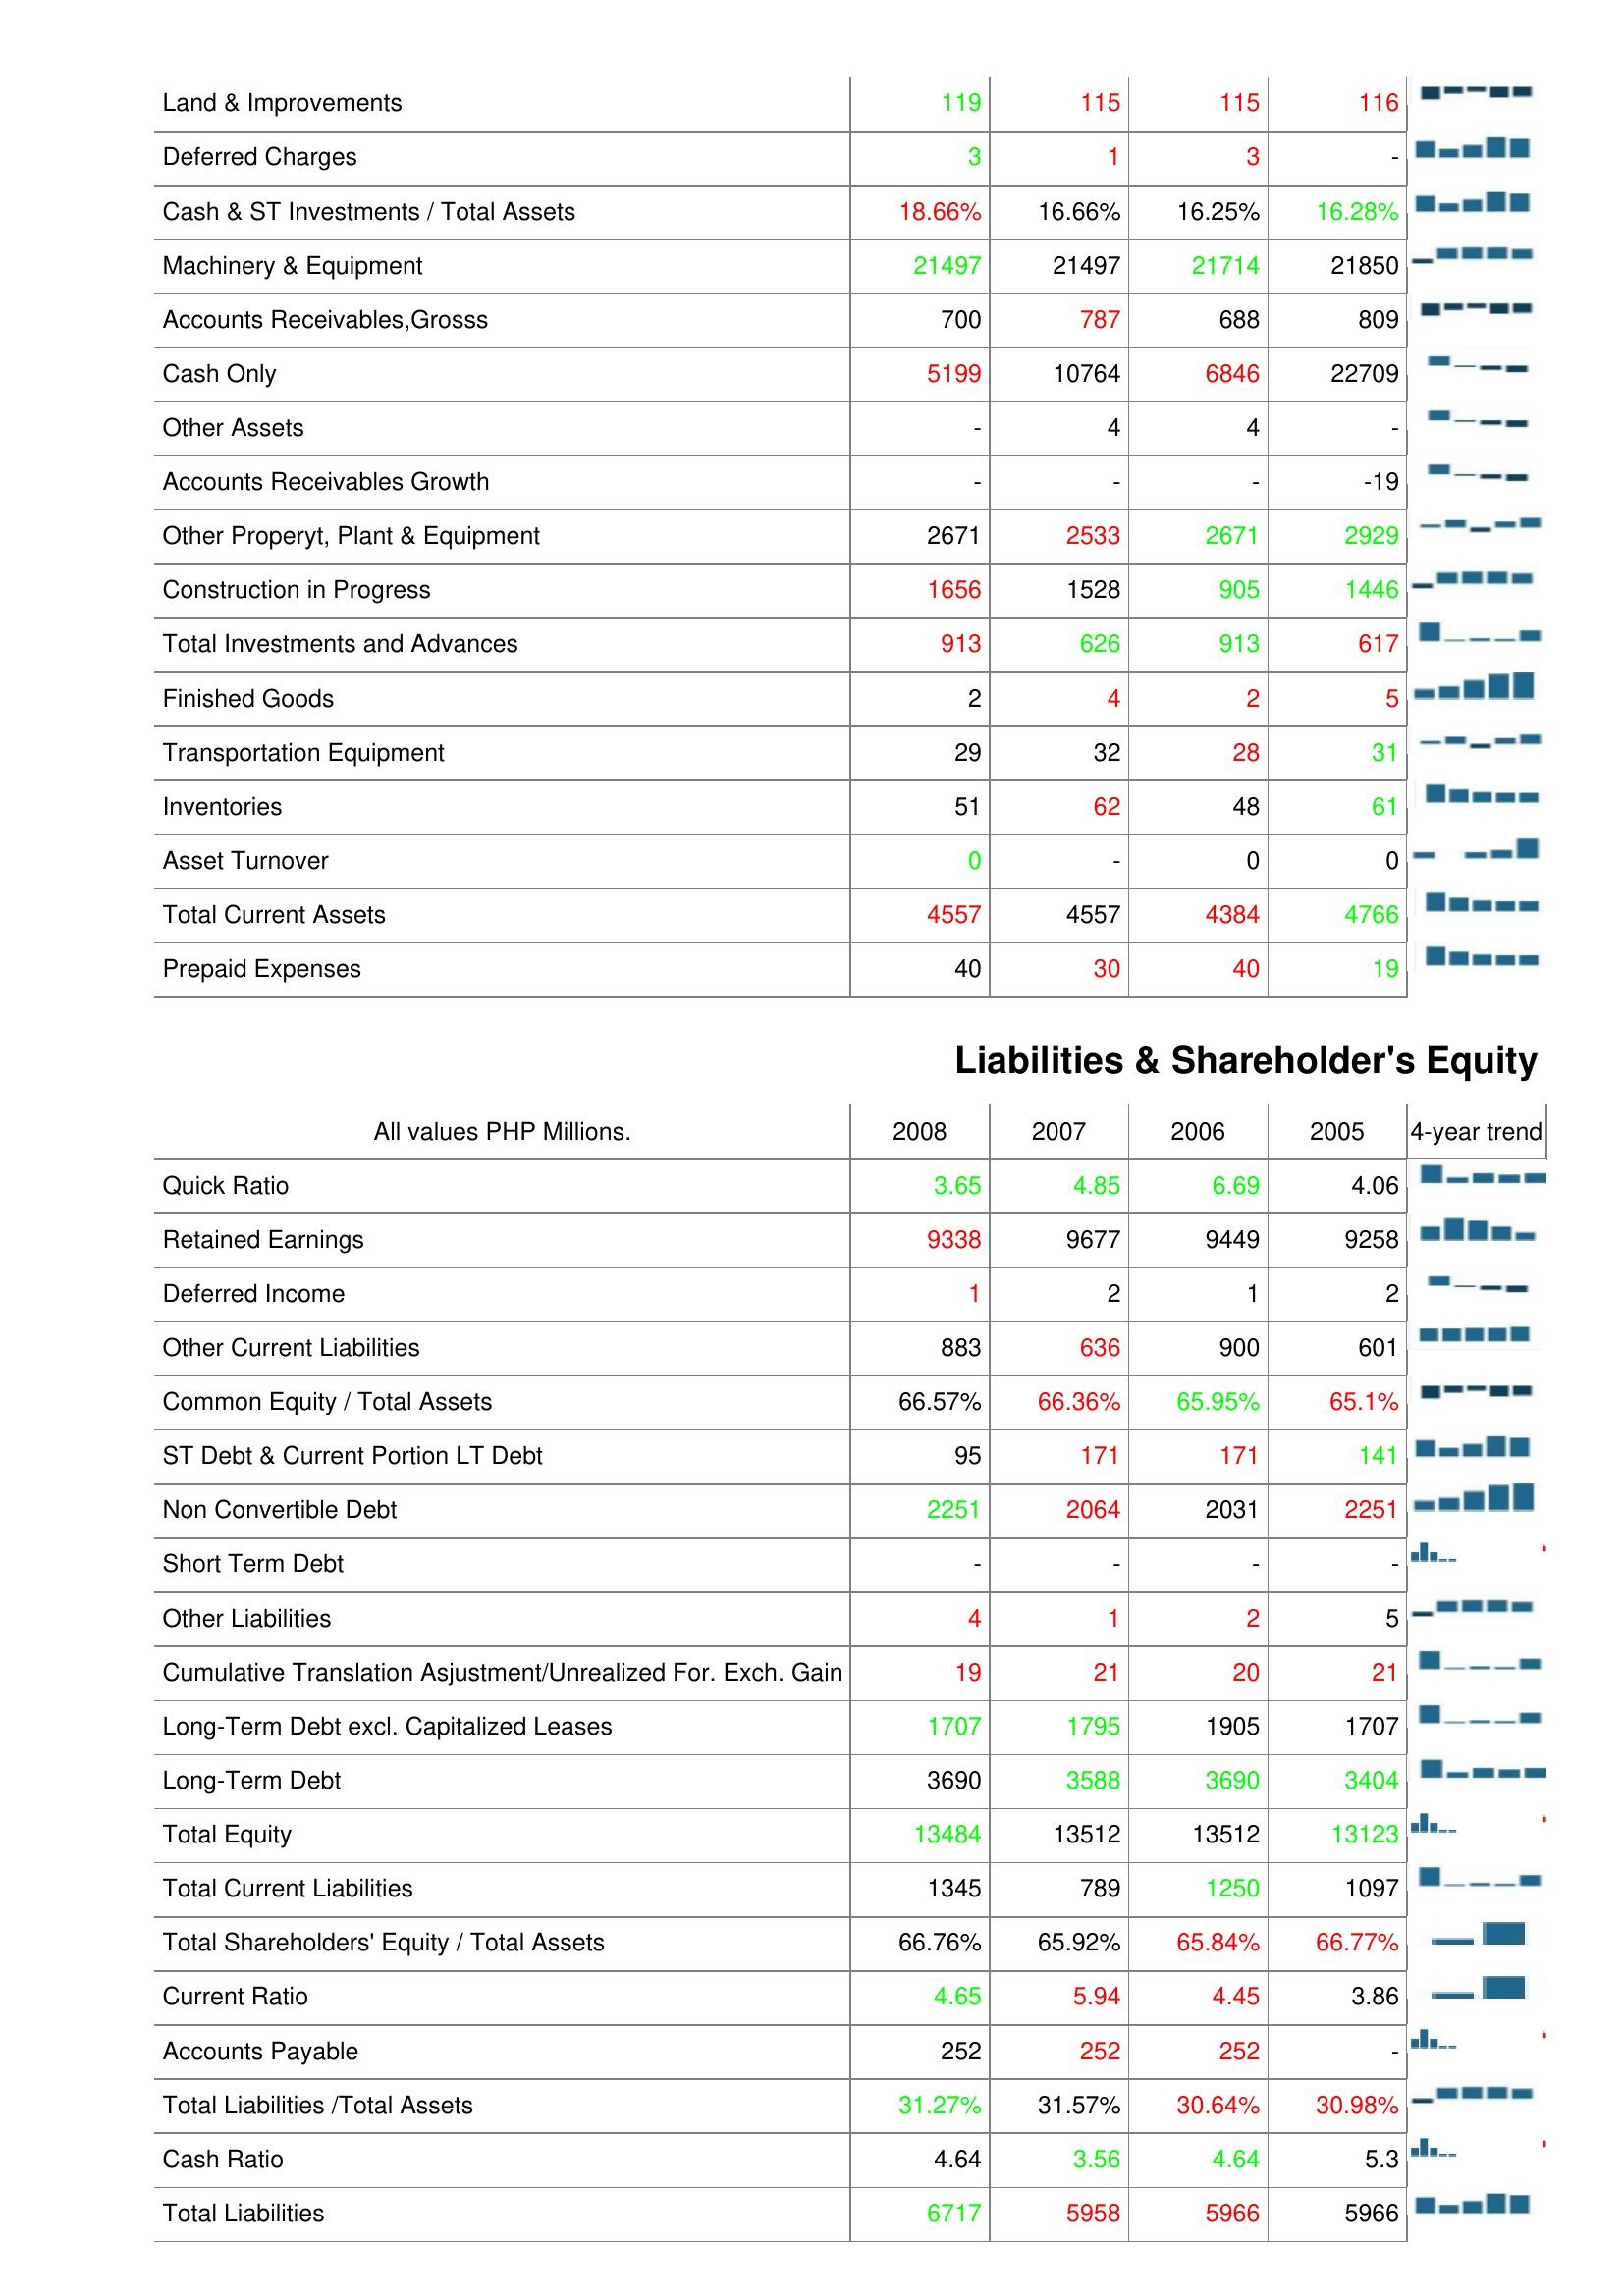
2008: Assets: Land & Improvements: 119
Deferred Charges: 3
Cash & ST Investments / Total Assets: 18.66%
Machinery & Equipment: 21497
Accounts Receivables,Grosss: 700
Cash Only: 5199
Other Assets: -
Accounts Receivables Growth: -
Other Properyt, Plant & Equipment: 2671
Construction in Progress: 1656
Total Investments and Advances: 913
Finished Goods: 2
Transportation Equipment: 29
Inventories: 51
Asset Turnover: 0
Total Current Assets: 4557
Prepaid Expenses: 40
Liabilities & Shareholder's Equity: Quick Ratio: 3.65
Retained Earnings: 9338
Deferred Income: 1
Other Current Liabilities: 883
Common Equity / Total Assets: 66.57%
ST Debt & Current Portion LT Debt: 95
Non Convertible Debt: 2251
Short Term Debt: -
Other Liabilities: 4
Cumulative Translation Asjustment/Unrealized For. Exch. Gain: 19
Long-Term Debt excl. Capitalized Leases: 1707
Long-Term Debt: 3690
Total Equity: 13484
Total Current Liabilities: 1345
Total Shareholders' Equity / Total Assets: 66.76%
Current Ratio: 4.65
Accounts Payable: 252
Total Liabilities /Total Assets: 31.27%
Cash Ratio: 4.64
Total Liabilities: 6717
2007: Assets: Land & Improvements: 115
Deferred Charges: 1
Cash & ST Investments / Total Assets: 16.66%
Machinery & Equipment: 21497
Accounts Receivables,Grosss: 787
Cash Only: 10764
Other Assets: 4
Accounts Receivables Growth: -
Other Properyt, Plant & Equipment: 2533
Construction in Progress: 1528
Total Investments and Advances: 626
Finished Goods: 4
Transportation Equipment: 32
Inventories: 62
Asset Turnover: -
Total Current Assets: 4557
Prepaid Expenses: 30
Liabilities & Shareholder's Equity: Quick Ratio: 4.85
Retained Earnings: 9677
Deferred Income: 2
Other Current Liabilities: 636
Common Equity / Total Assets: 66.36%
ST Debt & Current Portion LT Debt: 171
Non Convertible Debt: 2064
Short Term Debt: -
Other Liabilities: 1
Cumulative Translation Asjustment/Unrealized For. Exch. Gain: 21
Long-Term Debt excl. Capitalized Leases: 1795
Long-Term Debt: 3588
Total Equity: 13512
Total Current Liabilities: 789
Total Shareholders' Equity / Total Assets: 65.92%
Current Ratio: 5.94
Accounts Payable: 252
Total Liabilities /Total Assets: 31.57%
Cash Ratio: 3.56
Total Liabilities: 5958
2006: Assets: Land & Improvements: 115
Deferred Charges: 3
Cash & ST Investments / Total Assets: 16.25%
Machinery & Equipment: 21714
Accounts Receivables,Grosss: 688
Cash Only: 6846
Other Assets: 4
Accounts Receivables Growth: -
Other Properyt, Plant & Equipment: 2671
Construction in Progress: 905
Total Investments and Advances: 913
Finished Goods: 2
Transportation Equipment: 28
Inventories: 48
Asset Turnover: 0
Total Current Assets: 4384
Prepaid Expenses: 40
Liabilities & Shareholder's Equity: Quick Ratio: 6.69
Retained Earnings: 9449
Deferred Income: 1
Other Current Liabilities: 900
Common Equity / Total Assets: 65.95%
ST Debt & Current Portion LT Debt: 171
Non Convertible Debt: 2031
Short Term Debt: -
Other Liabilities: 2
Cumulative Translation Asjustment/Unrealized For. Exch. Gain: 20
Long-Term Debt excl. Capitalized Leases: 1905
Long-Term Debt: 3690
Total Equity: 13512
Total Current Liabilities: 1250
Total Shareholders' Equity / Total Assets: 65.84%
Current Ratio: 4.45
Accounts Payable: 252
Total Liabilities /Total Assets: 30.64%
Cash Ratio: 4.64
Total Liabilities: 5966
2005: Assets: Land & Improvements: 116
Deferred Charges: -
Cash & ST Investments / Total Assets: 16.28%
Machinery & Equipment: 21850
Accounts Receivables,Grosss: 809
Cash Only: 22709
Other Assets: -
Accounts Receivables Growth: -19
Other Properyt, Plant & Equipment: 2929
Construction in Progress: 1446
Total Investments and Advances: 617
Finished Goods: 5
Transportation Equipment: 31
Inventories: 61
Asset Turnover: 0
Total Current Assets: 4766
Prepaid Expenses: 19
Liabilities & Shareholder's Equity: Quick Ratio: 4.06
Retained Earnings: 9258
Deferred Income: 2
Other Current Liabilities: 601
Common Equity / Total Assets: 65.1%
ST Debt & Current Portion LT Debt: 141
Non Convertible Debt: 2251
Short Term Debt: -
Other Liabilities: 5
Cumulative Translation Asjustment/Unrealized For. Exch. Gain: 21
Long-Term Debt excl. Capitalized Leases: 1707
Long-Term Debt: 3404
Total Equity: 13123
Total Current Liabilities: 1097
Total Shareholders' Equity / Total Assets: 66.77%
Current Ratio: 3.86
Accounts Payable: -
Total Liabilities /Total Assets: 30.98%
Cash Ratio: 5.3
Total Liabilities: 5966